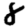
Digit: 8